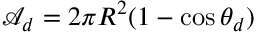
\mathcal { A } _ { d } = 2 \pi R ^ { 2 } ( 1 - \cos \theta _ { d } )